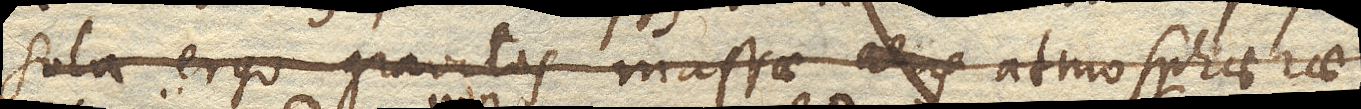
Sola ergo gravitas massae atmosphaerae